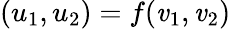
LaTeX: (u_{1},u_{2})=f(\mathit{v}_{1},\mathit{v}_{2})